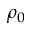
\rho _ { 0 }